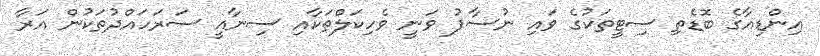
އިންޑިއާގެ ބޮޑެތި ސިޓީތަކުގެ ވައި ނުސާފު ވަނީ ވެހިކަލްތަކާއި ސިނާއީ ސަރަަހައްދުތަކުން އަރާ